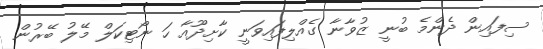
ސިފައިން ދެންމެ ބުނީ ޒުވާނާ ގެއްލިފައިވަނީ ކާށިދޫއާ ހަ ނޯޓިކަލް މޭލު ބޭރުން